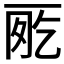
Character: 𠀸